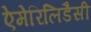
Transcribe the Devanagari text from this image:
ऐमेरिलिडैसी